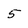
Character: 5